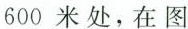
600米处，在图